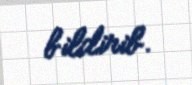
bildirib.